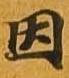
因